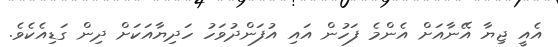
އެއީ ޖިޔާ އޭނާއަށް އެންމެ ފަހުން އައި އުފަންދުވަހު ހަދިޔާއަކަށް ދިން ގަޑިއެކެވެ.